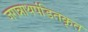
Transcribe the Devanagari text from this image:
जगन्नाथपंडितकृत